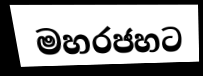
මහරජහට